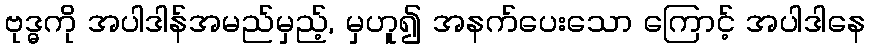
ဗုဒ္ဓကို အပါဒါန်အမည်မှည့်, မှဟူ၍ အနက်ပေးသော ကြောင့် အပါဒါနေ